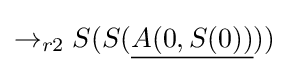
\rightarrow _{r2}S(S({\underline {A(0,S(0))}}))